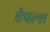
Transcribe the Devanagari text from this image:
ऐपल्स